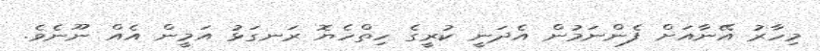
މިހާރު އޭނާއަށް ފެންނަމުން އެދަނީ ކުރީގެ ހިތްހެޔޮ ރަނގަޅު އަމީން އެއް ނޫނެވެ.